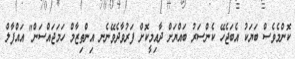
ކޮންމެވެެސް ބަޔަކު އެބަޖެހޭ ކެންސަރު ބައްޔަށް ދާއިމީކޮށް ފަރުވާދެވޭނެނ އިންތިޒާމް ހަމަޖައްސަން" އައްފާލް